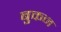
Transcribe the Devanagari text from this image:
बुकन